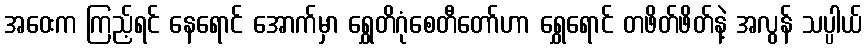
အဝေးက ကြည့်ရင် နေရောင် အောက်မှာ ရွှေတိဂုံစေတီတော်ဟာ ရွှေရောင် တဖိတ်ဖိတ်နဲ့ အလွန် သပ္ပါယ်